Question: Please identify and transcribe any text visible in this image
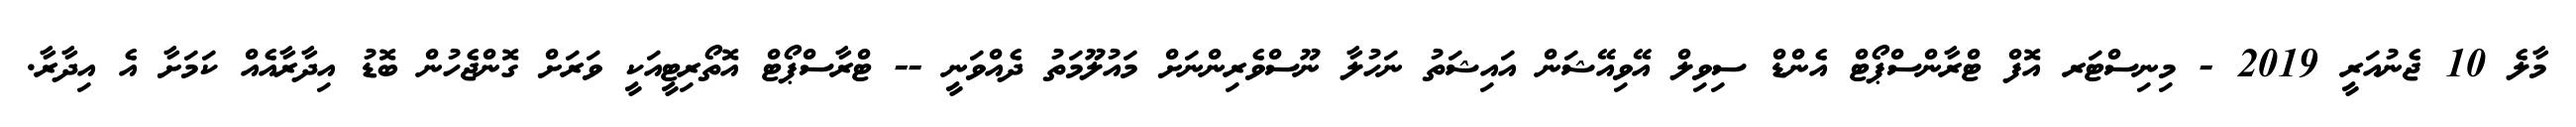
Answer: މާލެ 10 ޖެނުއަރީ 2019 - މިނިސްޓަރ އޮފް ޓްރާންސްޕޯޓް އެންޑް ސިވިލް އޭވިއޭޝަން އައިޝަތު ނަހުލާ ނޫސްވެރިންނަށް މައުލޫމަތު ދެއްވަނީ -- ޓްރާސްޕޯޓް އޮތޯރިޓީއަކީ ވަރަށް ގޮންޖެހުން ބޮޑު އިދާރާއެއް ކަމަށާ އެ އިދާރާ.